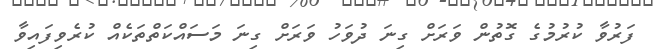
ފަރުވާ ކުރުމުގެ ގޮތުން ވަރަށް ގިނަ ދުވަހު ވަރަށް ގިނަ މަސައްކަތްތަކެއް ކުރެވިފައިވާ